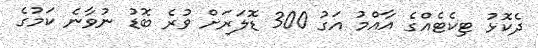
ދެކޮޅު ޓިކެޓެއްގެ އާއްމު އަގު 300 ޑޮލަރަށް ވުރެ ބޮޑު ނުވާނެ ކަމުގެ